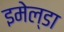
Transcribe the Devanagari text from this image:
इमेल्डा